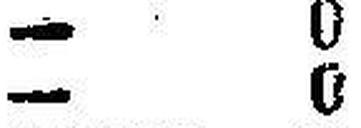
— 0